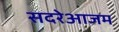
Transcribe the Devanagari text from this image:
सदरेआजम